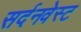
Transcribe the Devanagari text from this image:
सर्दनवेस्ट